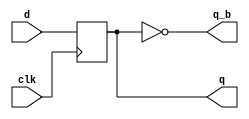
module D_flipflop (input d, clk, output reg q, output q_b); //D flipflop
	always @(posedge clk) begin
		q <= d;
	end
	assign q_b = ~q;
endmodule

module D_ffwActiveLowSyncReset (input d, clk, reset, output reg q, output q_b); //D_ffwActiveLowSyncReset
	always @(posedge clk) begin
		if (~reset) begin
			q <= 1'b0;
		end
		else begin 
			q <= d;
		end
	end
	assign q_b = ~q;
endmodule


module D_ffwALSR_ALenable (input d, clk, reset, enable, output reg q, output q_b); //D_ffwALSR_ALenable
	always @(posedge clk) begin
		if (~enable) begin
			if (reset == 1'b0) begin
				q = 1'b0;
			end
			else begin
			q <= d;
			end
		end
	end
	assign q_b = ~q;
endmodule

module D_latch (input d, en, output	reg q, output q_b); //D_latch
	always @(*) begin
		if (en) begin
			q <= d;
		end
		else begin
		q = 1'b0;
		end
	end
	assign q_b = ~q;
endmodule

module multiplexer (a, b, c, d, sel, out); //multiplexer
	input a, b, c, d;
	input [1:0] sel;
	output reg out;
	always @(*) begin
		case (sel)
			2'b00: out <= a;
			2'b01: out <= b;
			2'b10: out <= c;
			2'b11: out <= d;
		endcase
	end
endmodule

module coutner (input clk, reset, enable, output reg [3:0]count); //counter
	always @(posedge clk) begin
		if (enable) begin
			count <= count + 1'b1;
			if (reset) begin
				count <= 4'b0;
			end
			else if (count == 4'b1111) begin
				count <= 4'b0;
			end
		end
	end
endmodule